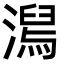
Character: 澙